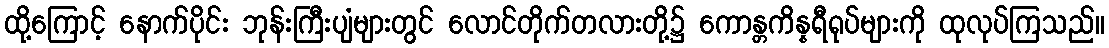
ထို့ကြောင့် နောက်ပိုင်း ဘုန်းကြီးပျံများတွင် လောင်တိုက်တလားတို့၌ ကောန္တကိန္နရီရုပ်များကို ထုလုပ်ကြသည်။